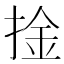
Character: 捦